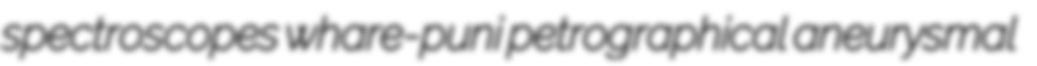
spectroscopes whare-puni petrographical aneurysmal